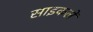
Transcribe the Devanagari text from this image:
साइकलें